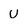
Character: u